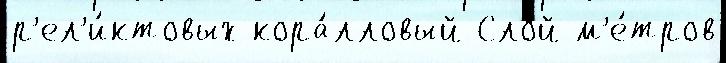
р'ел'и́ктовых кора́лловый Слой м'е́тров